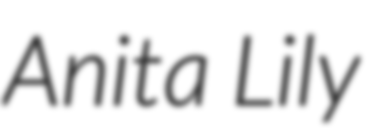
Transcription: Anita Lily